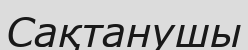
Сақтанушы